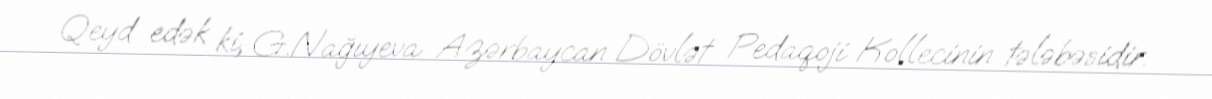
Qeyd edək ki, G.Nağıyeva Azərbaycan Dövlət Pedaqoji Kollecinin tələbəsidir.